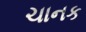
ચાનક